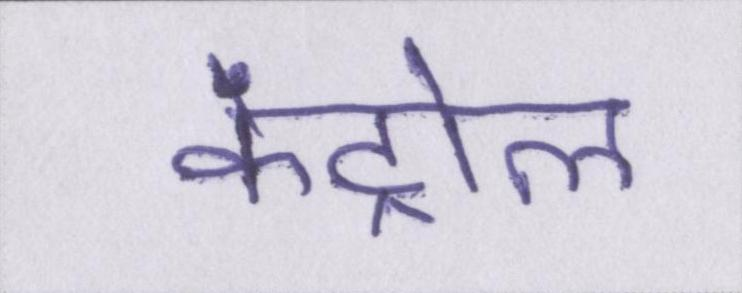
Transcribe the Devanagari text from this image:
कंट्रोल